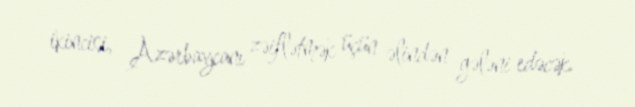
ikincisi, Azərbaycanı zəiflətmək üçün əlindən gələni edəcək.